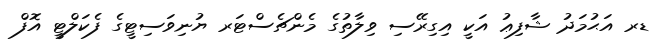
ޑރ އަޙުމަދު ޝާފިޢު އަކީ އިގިރޭސި ވިލާތުގެ މެންޗެސްޓަރ ޔުނިވަސިޓީގެ ފެކަލްޓީ އޮފް